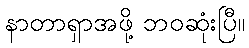
နာတာရှာအဖို့ ဘဝဆုံးပြီ။